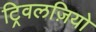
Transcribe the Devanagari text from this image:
ट्रिवलज़ियो